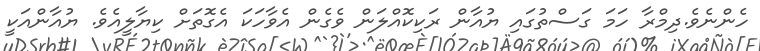
ހެންނެވެ.ދިމްރާ ހަމަ ގަސްތުގައި ޔުއާން ރަކިކޮއްލަން ވެގެން އެވާހަކަ އެގޮތަށް ކިޔާލީއެވެ. ޔުއާންއަކީ